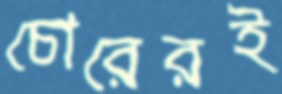
চোরেরই